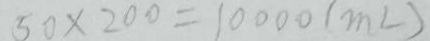
5 0 \times 2 0 0 = 1 0 0 0 0 ( m L )